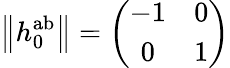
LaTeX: \left\| h_{0}^{\mathrm{ab}}\right\| =\left(\begin{array}{cc}{{-1}}&{{0}}\\ {{0}}&{{1}}\end{array}\right)